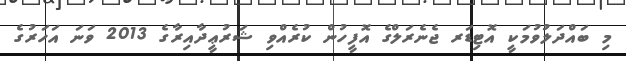
މި ބައްދަލުވުމަކީ އޮޓިޑަރ ޖެނެރަލްގެ އޮފީހުން ކުރެއްވި ޝަރުޢީދާއިރާގެ 2013 ވަނަ އަހަރުގެ